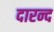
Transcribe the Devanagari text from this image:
दारन्द